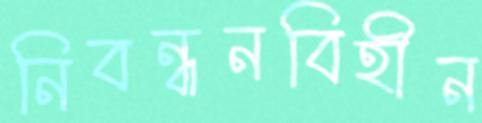
নিবন্ধনবিহীন